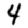
Digit: 4